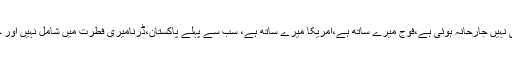
ہرروزسنتے تھے ’’کسی سے نہیں ڈرتا،میری تربیت دفاعی نہیں جارحانہ ہوئی ہے،فوج میرے ساتھ ہے،امریکا میرے ساتھ ہے، سب سے پہلے پاکستان،ڈرنامیری فطرت میں شامل نہیں اور حاصل کلام یہ جملہ’’فوج نے اگرپکڑاتوزندہ نہیں رہوں گا‘‘۔